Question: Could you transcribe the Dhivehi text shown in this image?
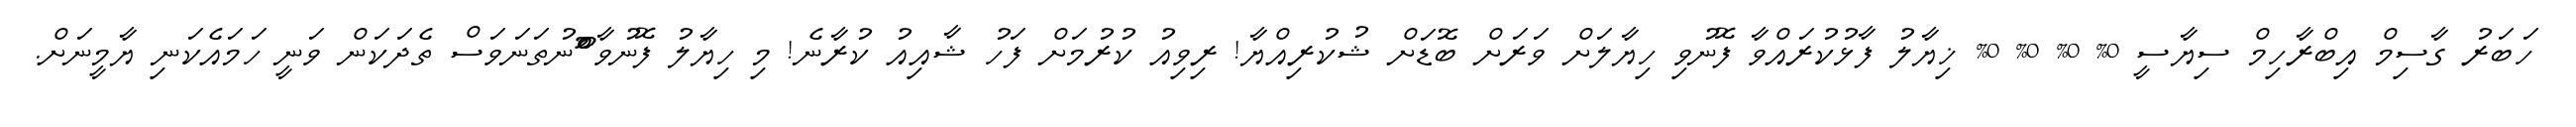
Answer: ހަބަރު ގާސިމް އިބްރާހިމް ސިޔާސީ 0% 0% 0% 0% ޚިޔާލު ފާޅުކުރައްވާ ފޮނުވި ހިޔާލަށް ވަރަށް ބޮޑަށް ޝުކުރިއްޔާ! ރިވިއު ކުރުމަށް ފަހު ޝާއިއު ކުރާނެ! މި ހިޔާލު ފޮނުވާ' ޫްްެނުތަނަވަސް ތެދަކަން ވަނީ ހަމައެކަނި ޔާމީނަށް.